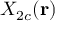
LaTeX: X _ { 2 c } ( \mathbf { r } )